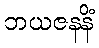
ဘယဇနနိံ